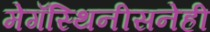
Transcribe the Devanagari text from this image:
मेगॅस्थिनीसनेही